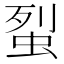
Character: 𧊿